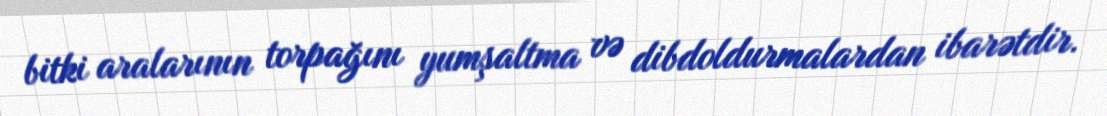
bitki aralarının torpağını yumşaltma və dibdoldurmalardan ibarətdir.